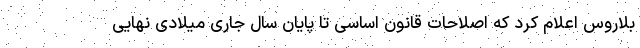
بلاروس اعلام کرد که اصلاحات قانون اساسی تا پایان سال جاری میلادی نهایی